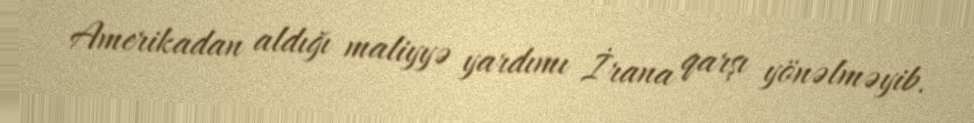
Amerikadan aldığı maliyyə yardımı İrana qarşı yönəlməyib.